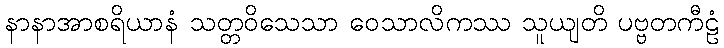
နာနာအာစရိယာနံ သတ္တဝိသေသာ ဝေသာလိကဿ သူယျတိ ပဗ္ဗတကီဠံ